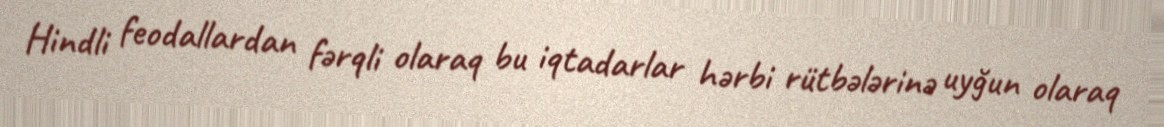
Hindli feodallardan fərqli olaraq bu iqtadarlar hərbi rütbələrinə uyğun olaraq